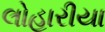
લોહારીયા